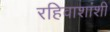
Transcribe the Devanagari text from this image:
रहिवाशांशी